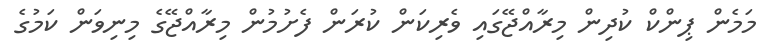
މަމެން ޕިންކް ކުދިން މިރާއްޖޭގައި ވެރިކަން ކުރަން ފެށުމުން މިރާއްޖޭގެ މިނިވަން ކަމުގެ